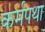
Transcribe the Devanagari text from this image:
कर्मपथा